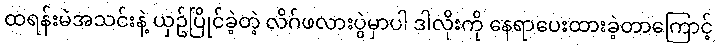
ထရန်းမဲအသင်းနဲ့ ယှဥ်ပြိုင်ခဲ့တဲ့ လိဂ်ဖလားပွဲမှာပါ ဒါလိုးကို နေရာပေးထားခဲ့တာကြောင့်